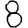
Digit: 8